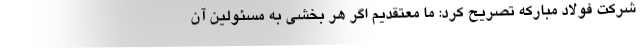
شرکت فولاد مبارکه تصریح کرد: ما معتقدیم اگر هر بخشی به مسئولین آن